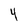
Character: 4